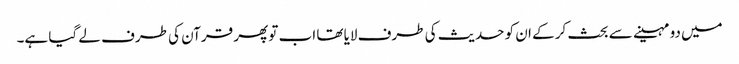
میں دو مہینے سے بحث کر کے ان کو حدیث کی طرف لایا تھا اب تو پھر قرآن کی طرف لے گیا ہے۔